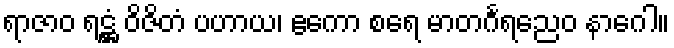
ရာဇာဝ ရဋ္ဌံ ဝိဇိတံ ပဟာယ၊ ဧကော စရေ မာတင်္ဂရညေဝ နာဂေါ။